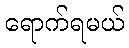
ရောက်ရမယ်